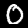
Digit: 0